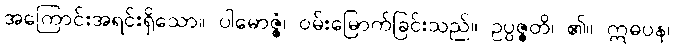
အကြောင်းအရင်းရှိသော။ ပါမောဇ္ဇံ၊ ဝမ်းမြောက်ခြင်းသည်။ ဥပ္ပဇ္ဇတိ၊ ၏။ ဣဓပန၊